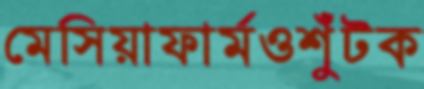
মেসিয়াফার্মওশুঁটক